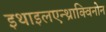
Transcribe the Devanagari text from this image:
इथाइलएन्थ्राक्विनोन